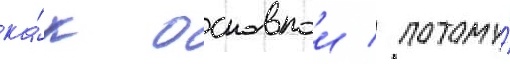
ка́к основнои / потому́